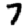
Digit: 7